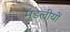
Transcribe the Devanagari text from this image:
मंडलीयों